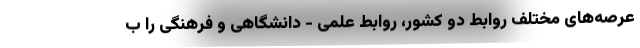
عرصه‌های مختلف روابط دو کشور، روابط علمی - دانشگاهی و فرهنگی را ب